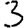
Digit: 3